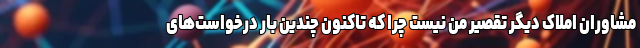
مشاوران املاک دیگر تقصیر من نیست چرا که تاکنون چندین بار درخواست‌های